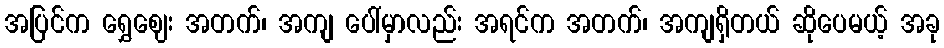
အပြင်က ရွှေဈေး အတက်၊ အကျ ပေါ်မှာလည်း အရင်က အတက်၊ အကျရှိတယ် ဆိုပေမယ့် အခု